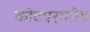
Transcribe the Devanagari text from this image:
कीटपरागीय